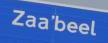
zaa'beel